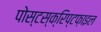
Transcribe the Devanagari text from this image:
पोस्टस्क्रिप्टफ़ाइल